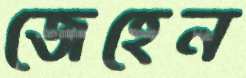
জেহেন